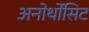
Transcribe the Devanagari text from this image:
अनोर्थोसिट